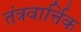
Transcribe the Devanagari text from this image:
तंत्रवार्त्तिक